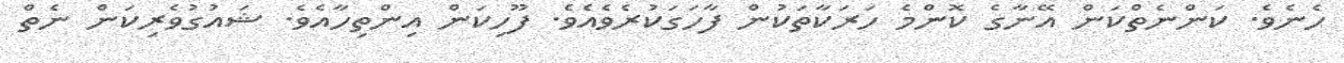
ހެނެވެ. ކަންނެތްކަން އޭނާގެ ކޮންމެ ހަރަކާތަކުން ފާހަގަކުރެވެއެވެ. ފޫހިކަން އިންތިހާއެވެ. ޝައުގުވެރިކަން ނެތް